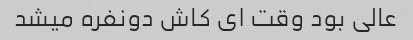
عالی بود وقت ای کاش دونفره میشد